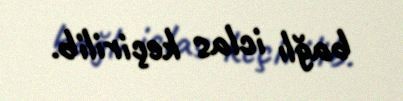
bağlı iclas keçirilib.